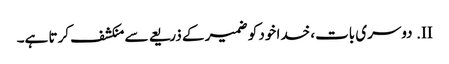
II.	دوسری بات، خدا خود کو ضمیر کے ذریعے سے منکشف کرتا ہے۔